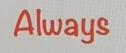
Always